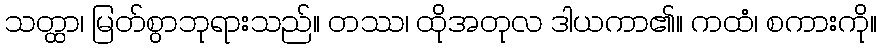
သတ္ထာ၊ မြတ်စွာဘုရားသည်။ တဿ၊ ထိုအတုလ ဒါယကာ၏။ ကထံ၊ စကားကို။